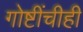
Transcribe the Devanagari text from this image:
गोष्टींचीही